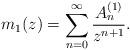
LaTeX: \begin{align*}m_{1}(z)=\sum_{n=0}^{\infty}\frac{A_{n}^{(1)}}{z^{n+1}}.\end{align*}